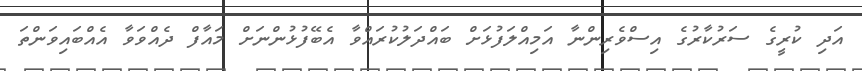
އަދި ކުރީގެ ސަރުކާރުގެ އިސްވެރިންނާ އަމިއްލަފުޅަށް ބައްދަލުކުރައްވާ އެބޭފުޅުންނަށް މައާފް ދެއްވަވާ އެއްބައިވަންތަ